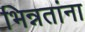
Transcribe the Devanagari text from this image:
भिन्नतांना